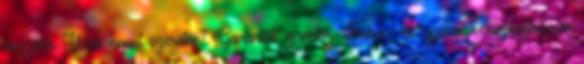
hozzánk Webshopot szeretne? Garantált ajándék Baba-, és gyermek kozmetikumok